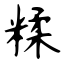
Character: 糅